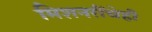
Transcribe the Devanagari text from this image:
मिशनरींचेही